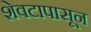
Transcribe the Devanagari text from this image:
शेवटापासून